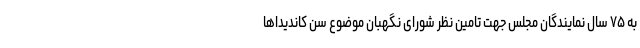
به ۷۵ سال نمایندگان مجلس جهت تامین نظر شورای نگهبان موضوع سن کاندیداها